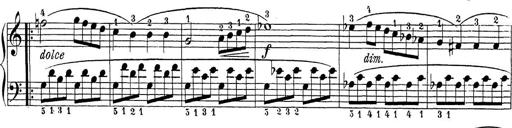
Title: Sonatina Album
Composer: Louis KÃ¶hler